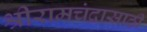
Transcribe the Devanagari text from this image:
श्रीरामचंद्रासाठी